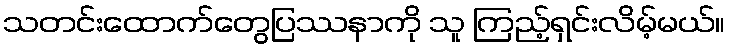
သတင်းထောက်တွေပြဿနာကို သူ ကြည့်ရှင်းလိမ့်မယ်။